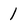
Character: 1